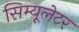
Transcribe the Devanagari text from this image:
सिम्यूलेटर